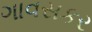
ગાવસકર